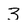
Character: 3